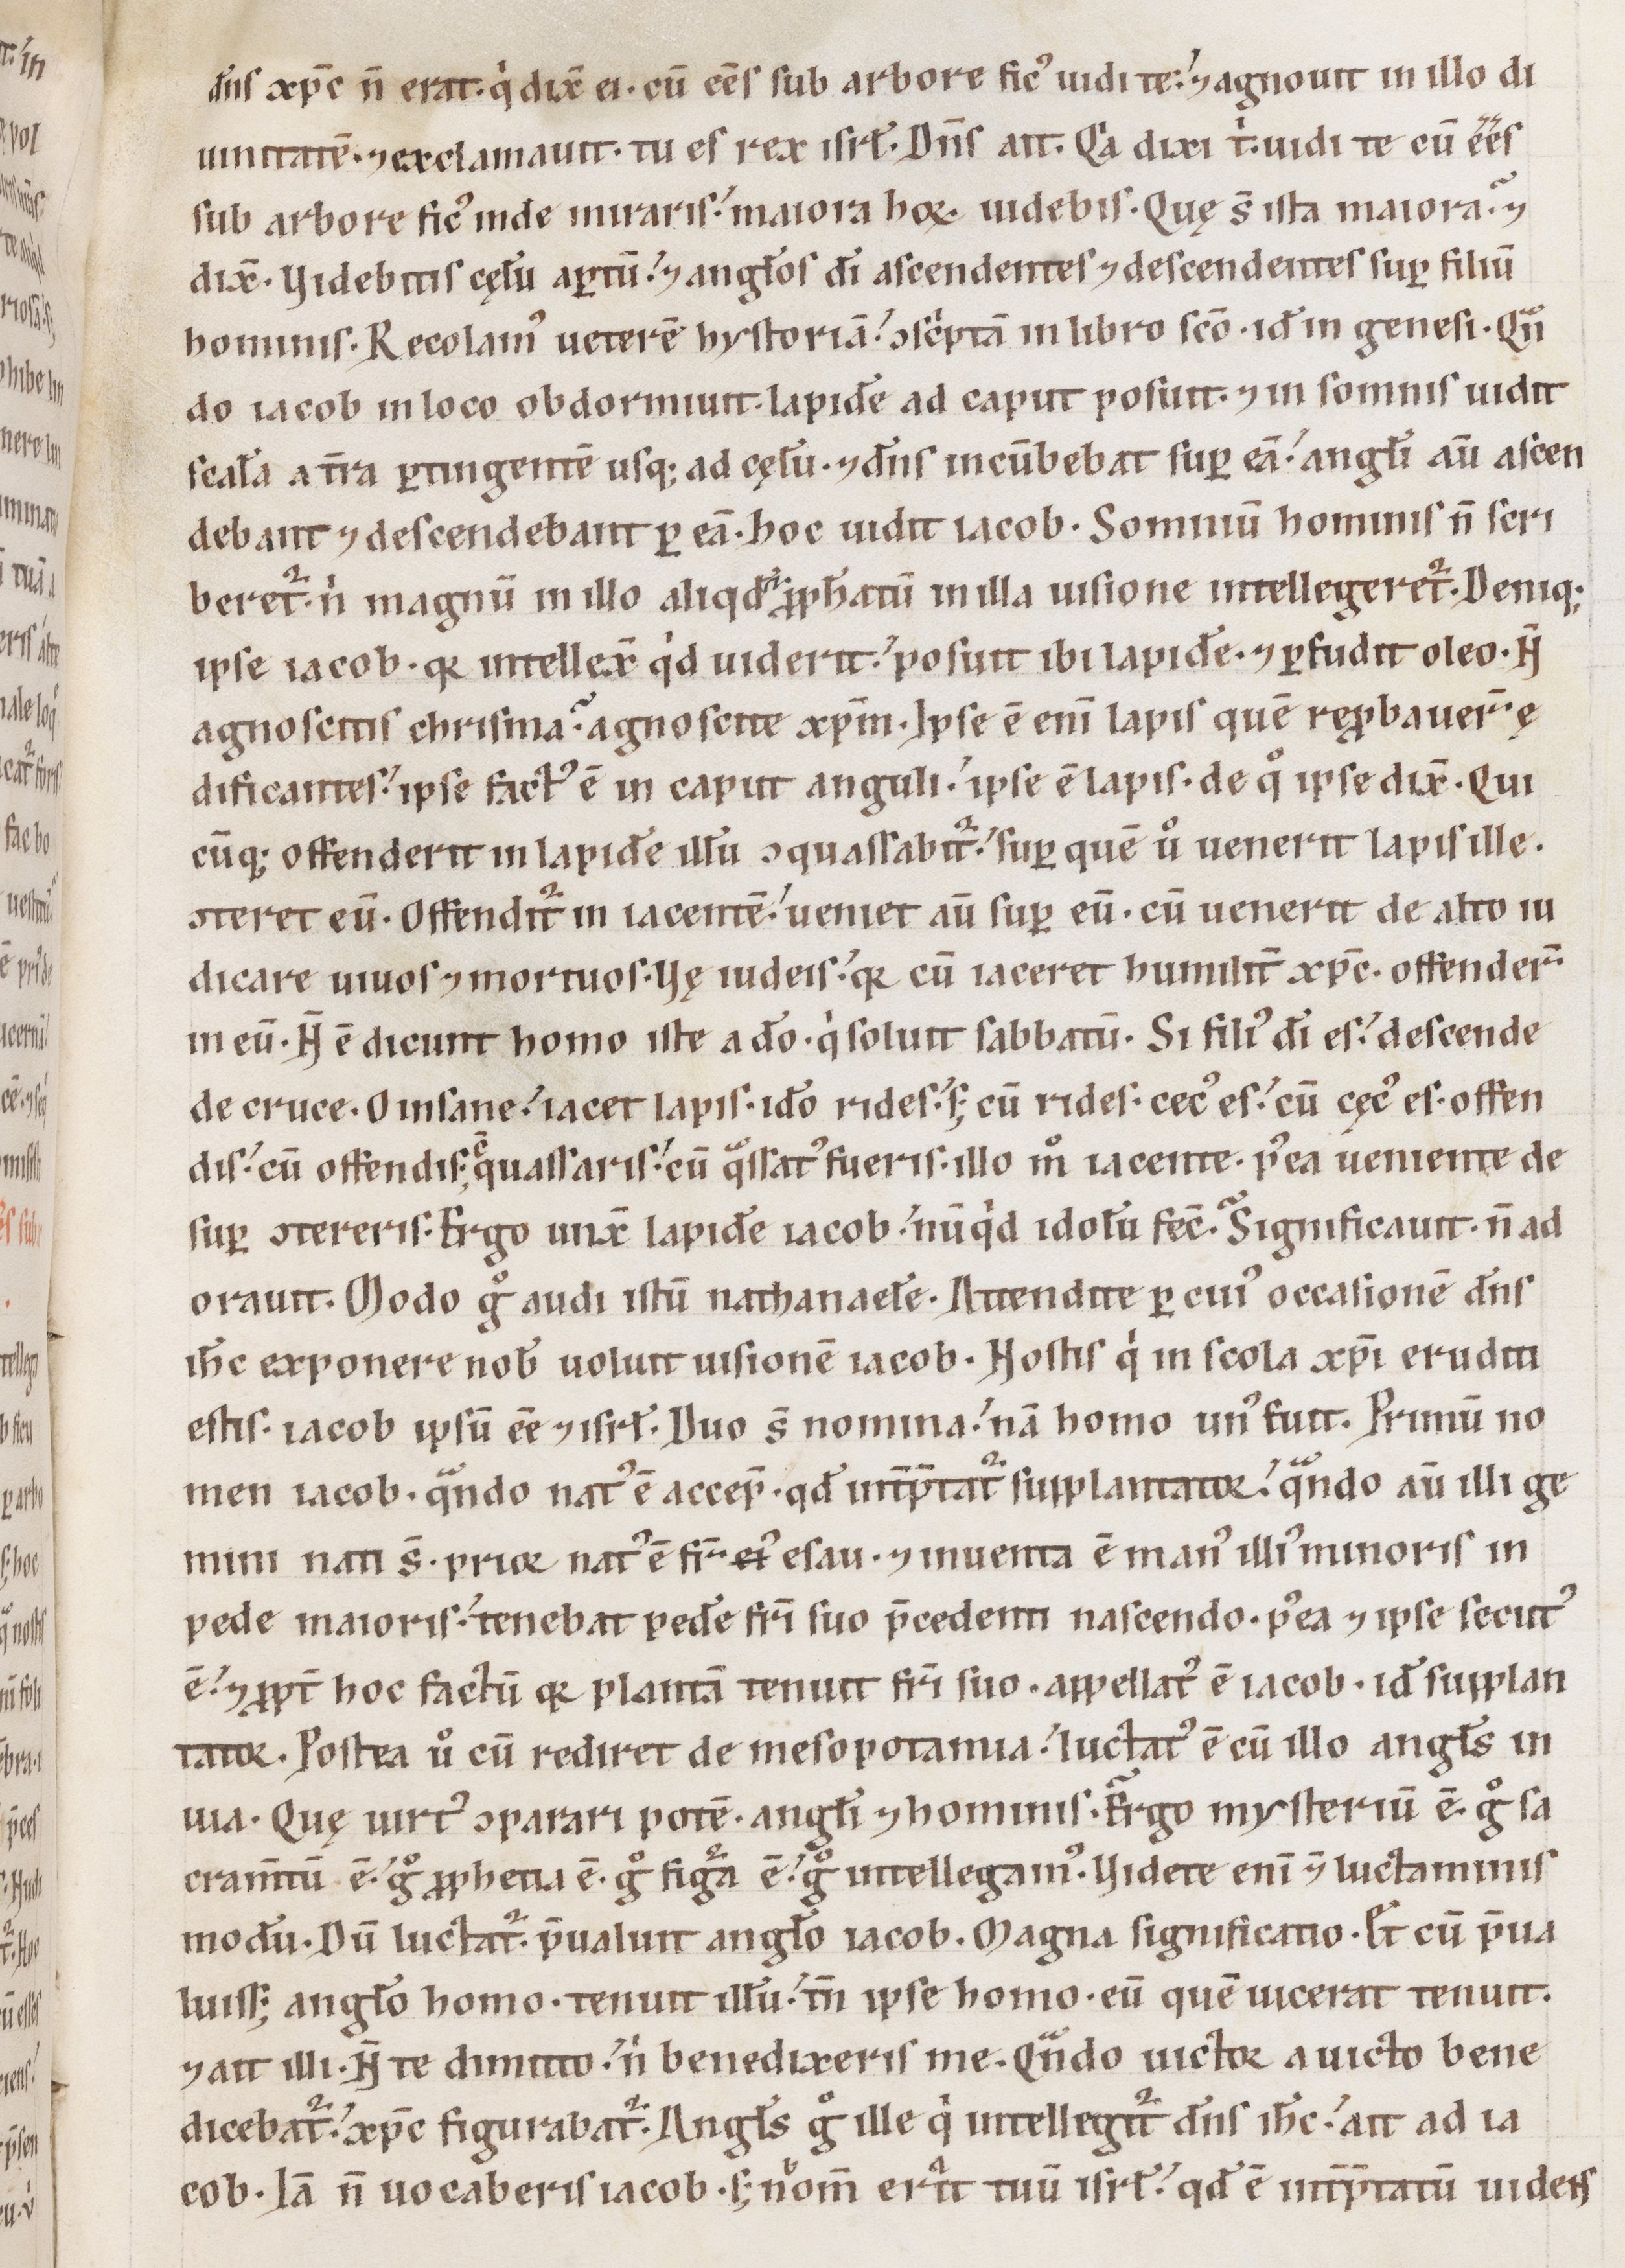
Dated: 1100–1199